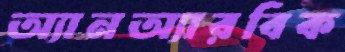
অ্যানঅ্যারবিক